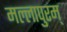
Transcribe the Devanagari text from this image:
मल्लापुरम्